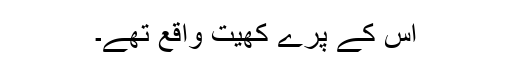
اس کے پرے کھیت واقع تھے۔